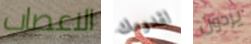
الاعصاب لقدومك يردون